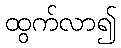
ထွက်လာ၍